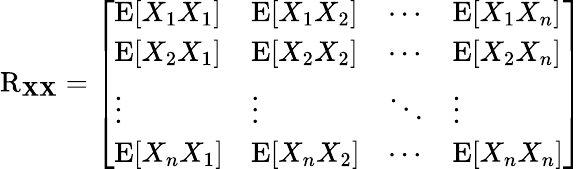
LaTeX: \operatorname{R}_{\mathbf{X}\mathbf{X}}={\left[\begin{array}{llll}{\operatorname{E}[X_{1}X_{1}]}&{\operatorname{E}[X_{1}X_{2}]}&{\cdots}&{\operatorname{E}[X_{1}X_{n}]}\\ {\operatorname{E}[X_{2}X_{1}]}&{\operatorname{E}[X_{2}X_{2}]}&{\cdots}&{\operatorname{E}[X_{2}X_{n}]}\\ {\vdots}&{\vdots}&{\ddots}&{\vdots}\\ {\operatorname{E}[X_{n}X_{1}]}&{\operatorname{E}[X_{n}X_{2}]}&{\cdots}&{\operatorname{E}[X_{n}X_{n}]}\end{array}\right]}